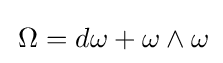
\,\Omega =d\omega +\omega \wedge \omega